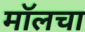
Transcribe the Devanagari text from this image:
मॉलचा